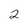
Character: 2